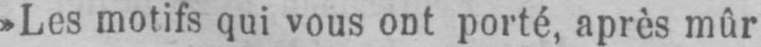
»Les motifs qui vous ont porté, après mûr